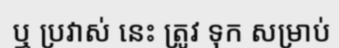
ឬ ប្រវាស់ នេះ ត្រូវ ទុក សម្រាប់